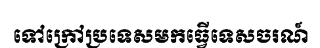
ទៅក្រៅប្រទេសមកធ្វើទេសចរណ៍